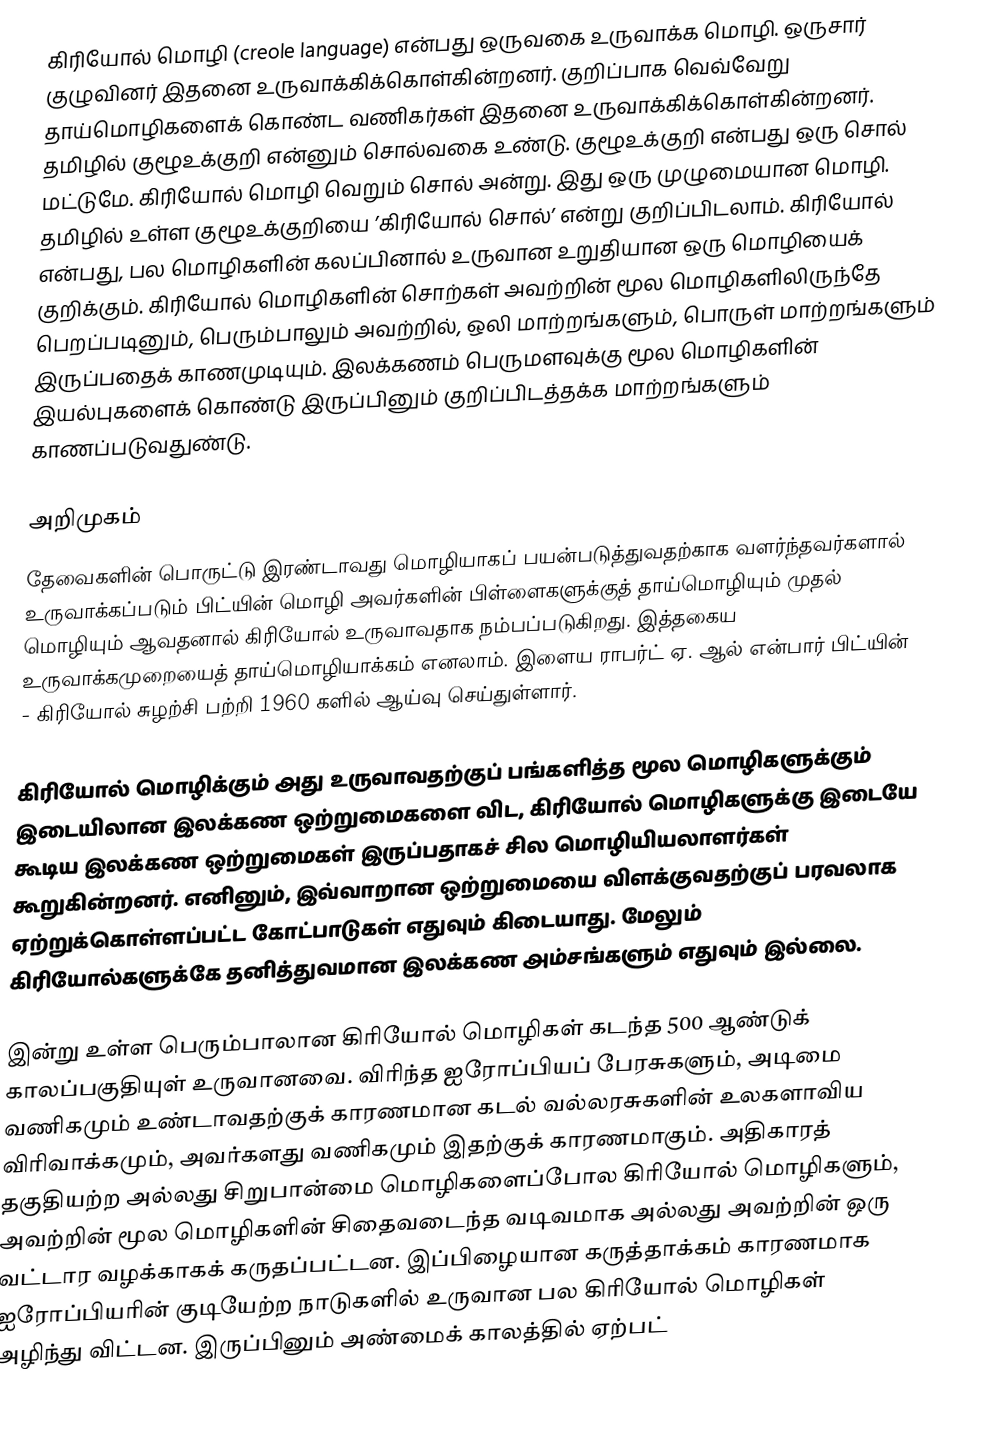
கிரியோல் மொழி (creole language) என்பது ஒருவகை உருவாக்க மொழி. ஒருசார் குழுவினர் இதனை உருவாக்கிக்கொள்கின்றனர். குறிப்பாக வெவ்வேறு தாய்மொழிகளைக் கொண்ட வணிகர்கள் இதனை உருவாக்கிக்கொள்கின்றனர்.  தமிழில் குழூஉக்குறி என்னும் சொல்வகை உண்டு. குழூஉக்குறி என்பது ஒரு சொல் மட்டுமே. கிரியோல் மொழி வெறும் சொல் அன்று. இது ஒரு முழுமையான மொழி. தமிழில் உள்ள குழூஉக்குறியை ’கிரியோல் சொல்’ என்று குறிப்பிடலாம்.  கிரியோல் என்பது, பல மொழிகளின் கலப்பினால் உருவான உறுதியான ஒரு மொழியைக் குறிக்கும். கிரியோல் மொழிகளின் சொற்கள் அவற்றின் மூல மொழிகளிலிருந்தே பெறப்படினும், பெரும்பாலும் அவற்றில், ஒலி மாற்றங்களும், பொருள் மாற்றங்களும் இருப்பதைக் காணமுடியும். இலக்கணம் பெருமளவுக்கு மூல மொழிகளின் இயல்புகளைக் கொண்டு இருப்பினும் குறிப்பிடத்தக்க மாற்றங்களும் காணப்படுவதுண்டு.

அறிமுகம்
தேவைகளின் பொருட்டு இரண்டாவது மொழியாகப் பயன்படுத்துவதற்காக வளர்ந்தவர்களால் உருவாக்கப்படும் பிட்யின் மொழி அவர்களின் பிள்ளைகளுக்குத் தாய்மொழியும் முதல் மொழியும் ஆவதனால் கிரியோல் உருவாவதாக நம்பப்படுகிறது. இத்தகைய உருவாக்கமுறையைத் தாய்மொழியாக்கம் எனலாம். இளைய ராபர்ட் ஏ. ஆல் என்பார் பிட்யின் - கிரியோல் சுழற்சி பற்றி 1960 களில் ஆய்வு செய்துள்ளார்.

கிரியோல் மொழிக்கும் அது உருவாவதற்குப் பங்களித்த மூல மொழிகளுக்கும் இடையிலான இலக்கண ஒற்றுமைகளை விட, கிரியோல் மொழிகளுக்கு இடையே கூடிய இலக்கண ஒற்றுமைகள் இருப்பதாகச் சில மொழியியலாளர்கள் கூறுகின்றனர். எனினும், இவ்வாறான ஒற்றுமையை விளக்குவதற்குப் பரவலாக ஏற்றுக்கொள்ளப்பட்ட கோட்பாடுகள் எதுவும் கிடையாது. மேலும் கிரியோல்களுக்கே தனித்துவமான இலக்கண அம்சங்களும் எதுவும் இல்லை.

இன்று உள்ள பெரும்பாலான கிரியோல் மொழிகள் கடந்த 500 ஆண்டுக் காலப்பகுதியுள் உருவானவை. விரிந்த ஐரோப்பியப் பேரசுகளும், அடிமை வணிகமும் உண்டாவதற்குக் காரணமான கடல் வல்லரசுகளின் உலகளாவிய விரிவாக்கமும், அவர்களது வணிகமும் இதற்குக் காரணமாகும். அதிகாரத் தகுதியற்ற அல்லது சிறுபான்மை மொழிகளைப்போல கிரியோல் மொழிகளும், அவற்றின் மூல மொழிகளின் சிதைவடைந்த வடிவமாக அல்லது அவற்றின் ஒரு வட்டார வழக்காகக் கருதப்பட்டன. இப்பிழையான கருத்தாக்கம் காரணமாக ஐரோப்பியரின் குடியேற்ற நாடுகளில் உருவான பல கிரியோல் மொழிகள் அழிந்து விட்டன. இருப்பினும் அண்மைக் காலத்தில் ஏற்பட்